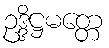
ဥဒ္ဒိဋ္ဌမတ္တေ